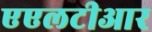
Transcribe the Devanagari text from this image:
एएलटीआर